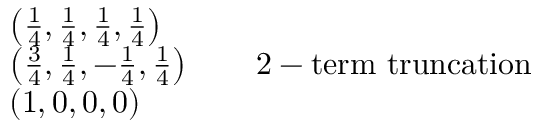
{ \begin{array} { r l } & { \left( { \frac { 1 } { 4 } } , { \frac { 1 } { 4 } } , { \frac { 1 } { 4 } } , { \frac { 1 } { 4 } } \right) } \\ & { \left( { \frac { 3 } { 4 } } , { \frac { 1 } { 4 } } , - { \frac { 1 } { 4 } } , { \frac { 1 } { 4 } } \right) \qquad { \mathrm { 2 - t e r m ~ t r u n c a t i o n } } } \\ & { \left( 1 , 0 , 0 , 0 \right) } \end{array} }